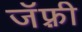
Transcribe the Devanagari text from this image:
जॅफ़्री